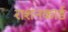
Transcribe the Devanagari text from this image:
राशनकार्ड